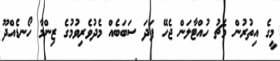
މީގެ އިތުރުން މެޗު ހުއްޓާލަން ޖެހޭ ފަދަ ސަބަބެއް މެދުވެރިވުމުގެ ޒިންމާ ހޯނޑެއްދޫ